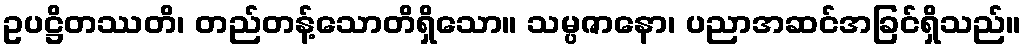
ဥပဋ္ဌိတဿတိ၊ တည်တန့်သောတိရှိသော။ သမ္ပဇာနော၊ ပညာအဆင်အခြင်ရှိသည်။